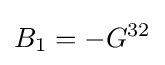
B_{1}=-G^{32}